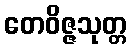
တေဝိဇ္ဇသုတ္တ